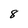
Character: 8